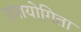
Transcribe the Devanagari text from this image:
उपायोगिता